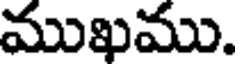
ముఖము.